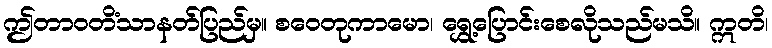
ဤတာဝတိံသာနတ်ပြည်မှ။ စဝေတုကာမော၊ ရွှေ့ပြောင်းစေလိုသည်မသိ။ ဣတိ၊